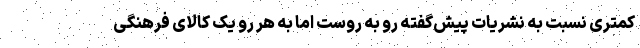
کمتری نسبت به نشریات پیش‌گفته رو به روست اما به هر رو یک کالای فرهنگی